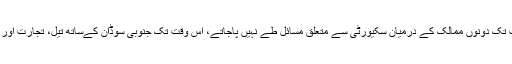
عمر حسن البشیر نے واضح کیا کہ جب تک دونوں ممالک کے درمیان سکیورٹی سے متعلق مسائل طے نہیں پاجاتے، اس وقت تک جنوبی سوڈان کےساتھ تیل، تجارت اور شہریت پر کوئی بات چیت نہیں ہوگی۔